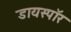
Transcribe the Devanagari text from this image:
डायस्पॉर